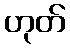
ဟုတ်